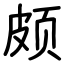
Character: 颇